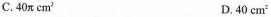
C.40π cm^{2} D.40 cm^{2}